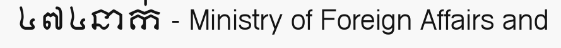
៤៧៤នាក់ - Ministry of Foreign Affairs and